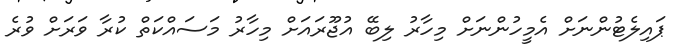
ޕައިލެޓުންނަށް އެމީހުންނަށް މިހާރު ލިބޭ އުޖޫރައަށް މިހާރު މަސައްކަތް ކުރާ ވަރަށް ވުރެ